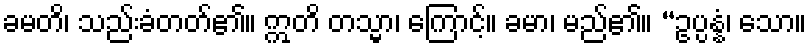
ခမတိ၊ သည်းခံတတ်၏။ ဣတိ တသ္မာ၊ ကြောင့်။ ခမာ၊ မည်၏။ “ဥပ္ပန္နံ၊ သော။